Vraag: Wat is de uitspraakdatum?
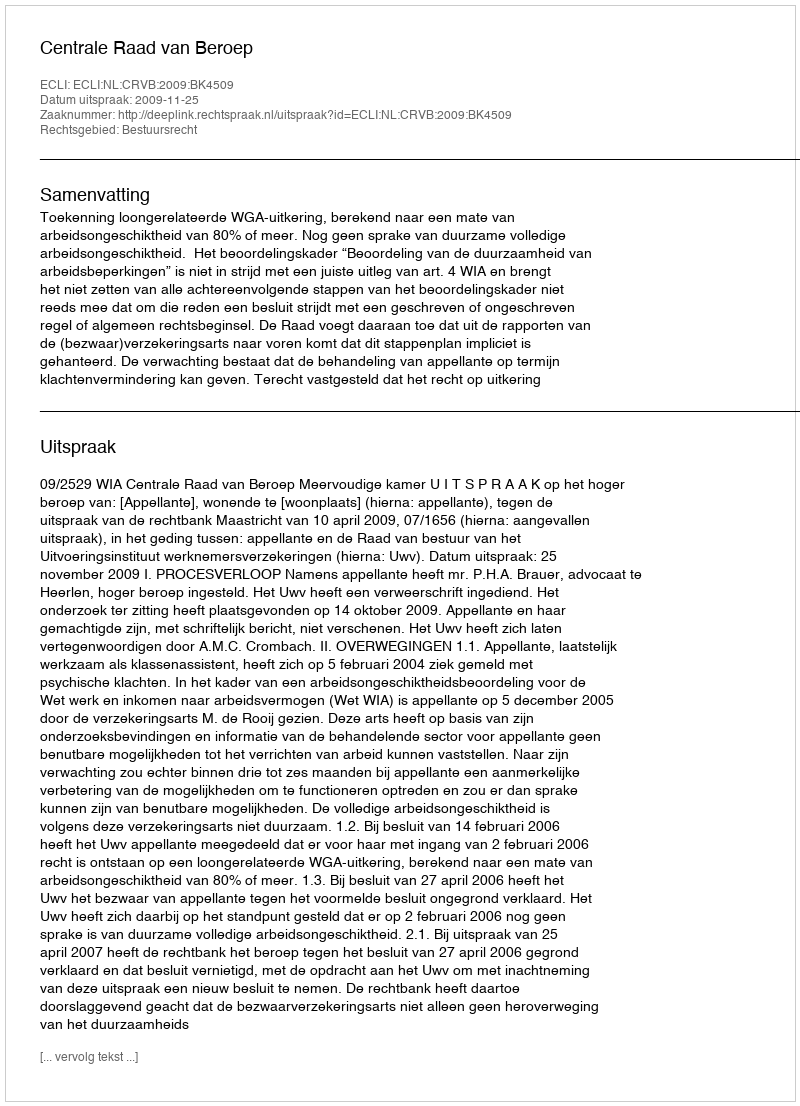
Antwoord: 2009-11-25